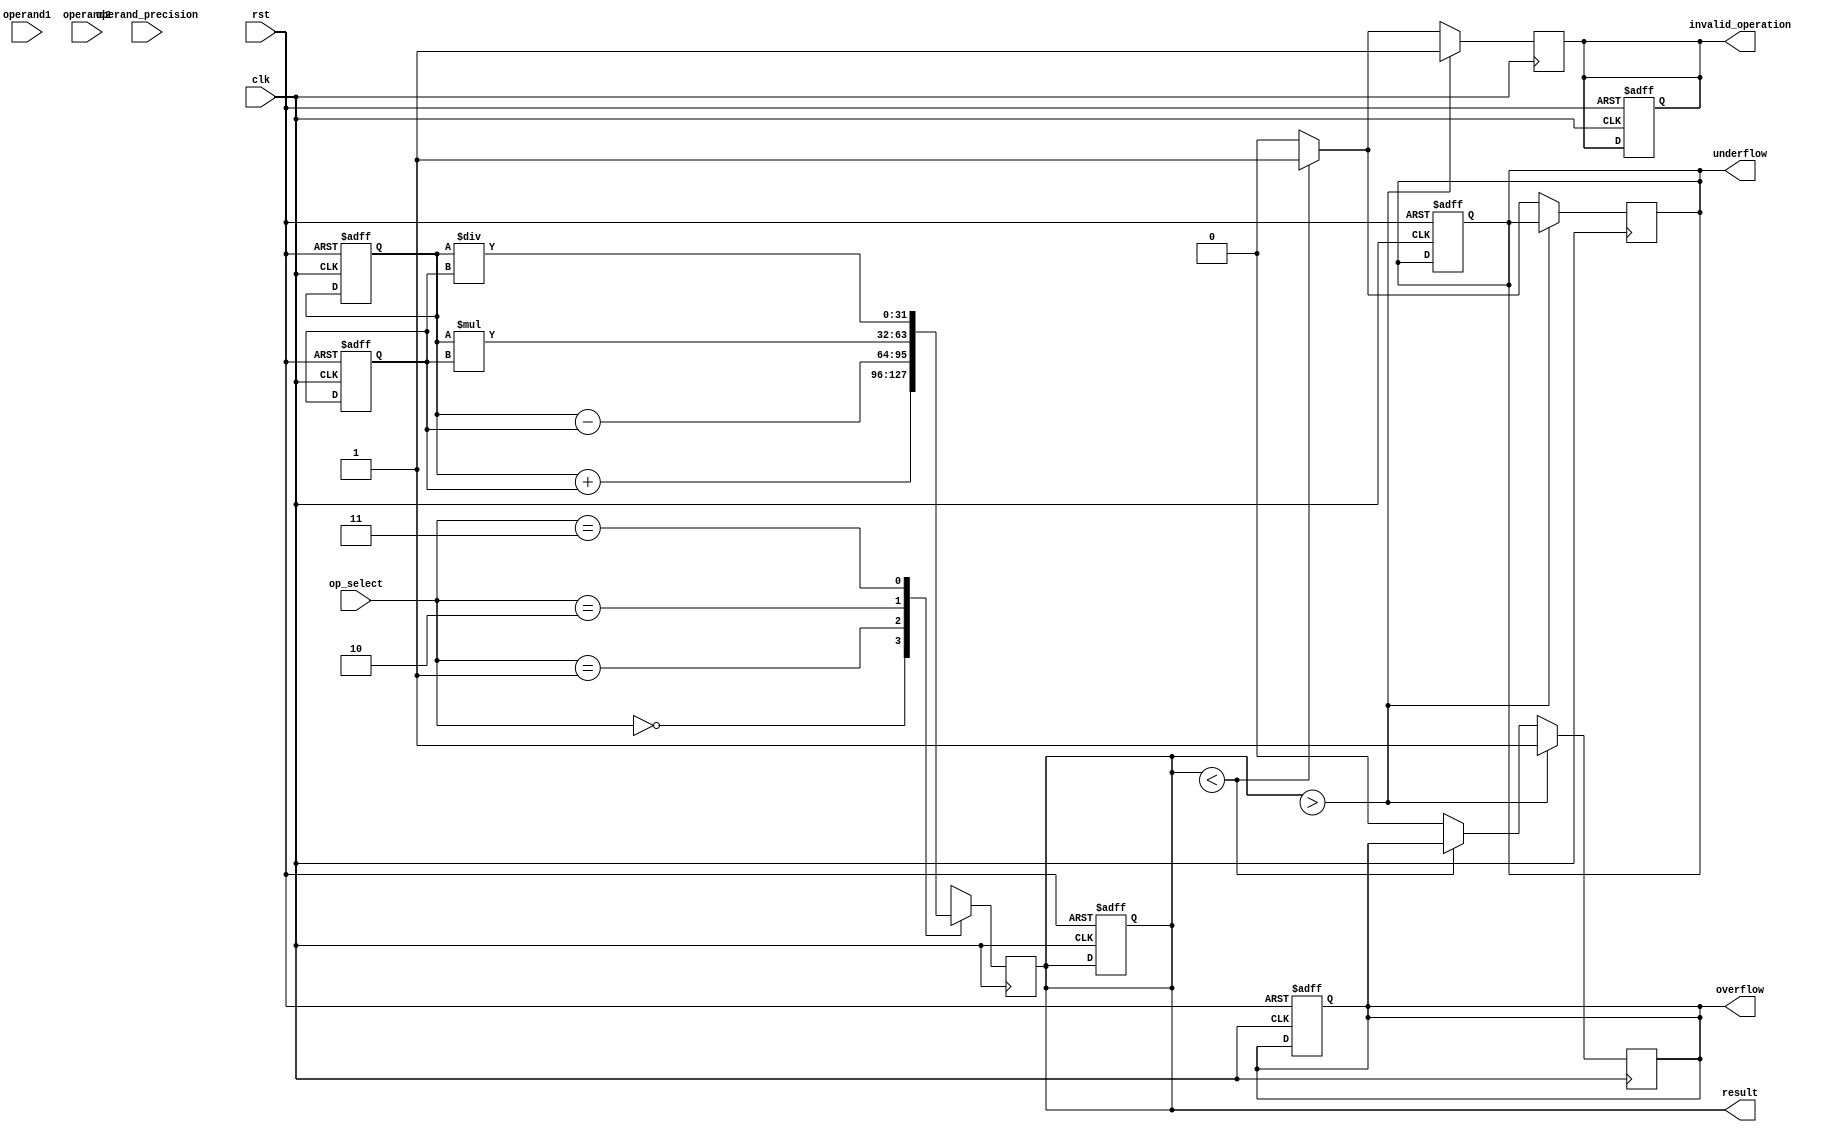
module mixed_precision_fpu (
  input wire clk,
  input wire rst,
  input wire [1:0] op_select, // 00 - addition, 01 - subtraction, 10 - multiplication, 11 - division
  input wire [1:0] operand_precision, // 00 - single precision, 01 - double precision
  input wire [31:0] operand1,
  input wire [31:0] operand2,
  output wire [31:0] result,
  output wire overflow,
  output wire underflow,
  output wire invalid_operation
);

reg [1:0] result_precision;
reg [31:0] result_reg;
reg [31:0] operand1_reg;
reg [31:0] operand2_reg;
reg valid_operation;

// control logic
always @(posedge clk or posedge rst) begin
  if(rst) begin
    result_precision <= 2'b00; // default to single precision
    result_reg <= 32'b0;
    operand1_reg <= 32'b0;
    operand2_reg <= 32'b0;
    valid_operation <= 1'b0;
    overflow <= 1'b0;
    underflow <= 1'b0;
    invalid_operation <= 1'b0;
  end else begin
    case(op_select)
      2'b00: result_precision <= operand_precision; // addition
      2'b01: result_precision <= operand_precision; // subtraction
      2'b10: result_precision <= operand_precision; // multiplication
      2'b11: result_precision <= operand_precision; // division
    endcase
  end
end

// arithmetic operations
always @(posedge clk) begin
  case(op_select)
    2'b00: result_reg <= operand1_reg + operand2_reg; // addition
    2'b01: result_reg <= operand1_reg - operand2_reg; // subtraction
    2'b10: result_reg <= operand1_reg * operand2_reg; // multiplication
    2'b11: result_reg <= operand1_reg / operand2_reg; // division
  endcase
end

// error handling
always @(posedge clk) begin
  if(result_reg > MAX_VALUE) begin
    overflow <= 1'b1;
    invalid_operation <= 1'b1;
  end else if(result_reg < MIN_VALUE) begin
    underflow <= 1'b1;
    invalid_operation <= 1'b1;
  end else begin
    overflow <= 1'b0;
    underflow <= 1'b0;
    invalid_operation <= 1'b0;
  end
end

// output
assign result = result_reg;

endmodule